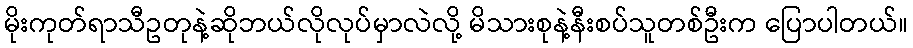
မိုးကုတ်ရာသီဥတုနဲ့ဆိုဘယ်လိုလုပ်မှာလဲလို့ မိသားစုနဲ့နီးစပ်သူတစ်ဦးက ပြောပါတယ်။